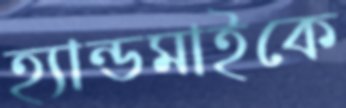
হ্যান্ডমাইকে